Leaving Certificate Examination (including Day School Certificate (Higher) General paper), 1934
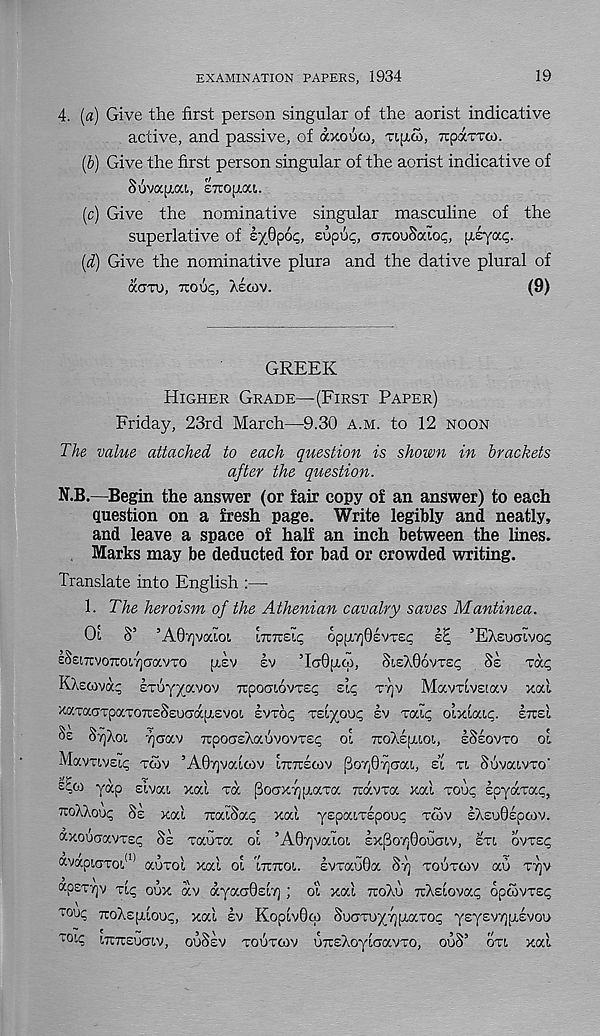
EXAMINATION PAPERS, 1934
19
4. (a) Give the first person singular of the aorist indicative
active, and passive, of dxouoi, Tipco, Ttpa-nrco.
(b) Give the first person singular of the aorist indicative of
Sovafxxi, STcojj.ai.
(c) Give the nominative singular masculine of the
superlative of b/Qpoc,, sopuc, oruouSaioc, [liya-Q-
(d) Give the nominative plura and the dative plural of
dcm), TTOOC, Xeoiv.
(9)
GREEK
HIGHER GRADE—(FIRST PAPER)
Friday, 23rd March—9.30 A.M. to 12 NOON
The value attached to each question is shown in brackets
after the question.
N.B.—Begin the answer (or fair copy of an answer) to each
question on a fresh page. Write legibly and neatly,
and leave a space of half an inch between the lines.
Marks may be deducted for bad or crowded writing.
Translate into English :—
1. The heroism of the Athenian cavalry saves Mantinea.
01 S’ ’A07)vaioi IHTCZIC op[X7jG£vTSC IH, ’EXeucivop
eSeiTcvoTcoiTjcravTO [Hv !v ’IcrOfxw, SISAOOVTSC 8E
Tap
KXecovdp cToyyavov TtpoatovTep zlc TT]V Mavrivstav xal
xaTaaTpaTOTceSsoadpievoi. evrop reiyoup ev Txip oixiatp. ETTSL
SrjXoi '/]aav TTpotreXauvovrep ol TroAepuot,, ISEOVTO ot.
MavTivsip TCOV ’A07]vaioiv iTtirstov poTjOyaai, ei TL SuvoavTO -
ydp dvai xal vd PoaxyjxaTa irdcvra xal voup spyaxap,
xoXXoup Se xal TraiSap xal yepaiTepoup xcav EXeuOepoiv.
dxoucravTEp Se xauxa ol ’A0r)vaioi sx^oyOouaiv, STI ovvep
«vapi,aToi. (1) auxol xal ol 'ITCTZOI. evxauOa 8y TOUTOIV ao TTJV
apsTijv xlp oux dv dyacr0£L7]; ot xal TCOXU TrXelovap opcovrep
TOUp TToXspiloup, xal £V Koplv0OI SuCJTUyTjpiaTOp y£y£V7][i,£V0l>
T0! 4 ITUTTEUOTV, OUSEV TOUTOIV OTTEXcylciavTO, ou8’ OTL xal